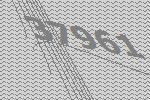
37961